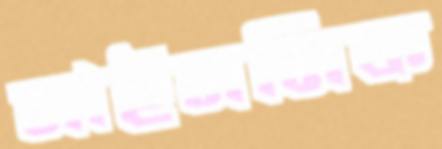
সাইসমিক